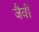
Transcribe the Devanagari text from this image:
जैवी